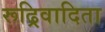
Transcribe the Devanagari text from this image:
रूढ्रिवादिता